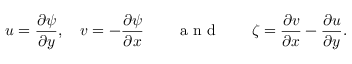
u = \frac { \partial \psi } { \partial y } , \quad v = - \frac { \partial \psi } { \partial x } \qquad \mathrm { ~ a ~ n ~ d ~ } \qquad \zeta = \frac { \partial v } { \partial x } - \frac { \partial u } { \partial y } .